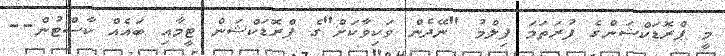
މީ ޕްރޮޑަކްޝަންގެ ފުރަތަމަ ފިލްމު "ނޭދެން ވަކިވާކަށް"ގެ ޕްރޮޑަކްޝަން ޓީމާއި ބައެއް ކާސްޓުން--